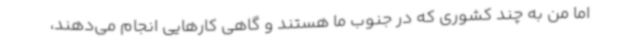
اما من به چند کشوری که در جنوب ما هستند و گاهی کارهایی انجام می‌دهند،